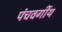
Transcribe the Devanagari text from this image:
पंचवर्गीय